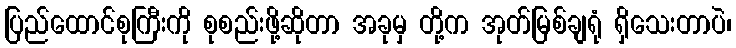
ပြည်ထောင်စုကြီးကို စုစည်းဖို့ဆိုတာ အခုမှ တို့က အုတ်မြစ်ချရုံ ရှိသေးတာပဲ၊